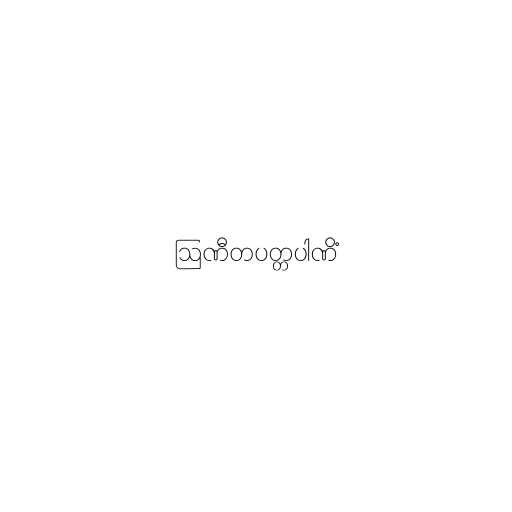
ဩဏီတပတ္တပါဏိံ